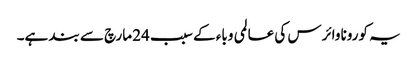
یہ کورونا وائرس کی عالمی وباء کے سبب 24 مارچ سے بند ہے۔